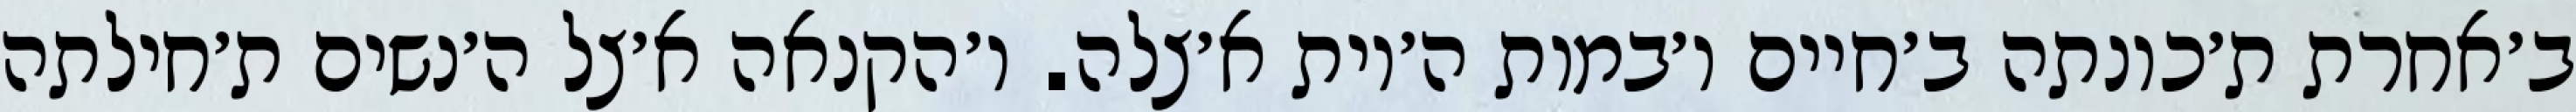
ב׳אחרת ת׳כונתה ב׳חיים ו׳במות ה׳יות א׳צלה. ו׳הקנאה א׳צל ה׳נשים ת׳חילתה